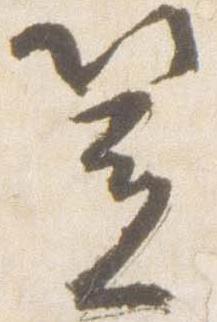
笠